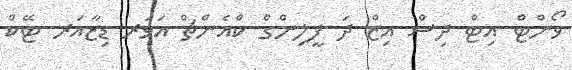
ވޯންޓް އިޓް ދިސް އިޒް ދަ ފީލިންގް ކްއެންޗް އަވަރ ޑިޒާއަރ ޓޭކް